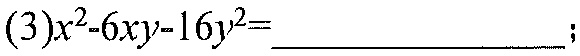
(3)$x^{2}-6xy - 16y^{2}=$  ；